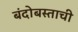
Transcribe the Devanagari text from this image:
बंदोबस्ताची